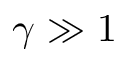
\gamma \gg 1